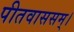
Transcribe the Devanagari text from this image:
पीतवाससम्‌।